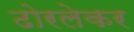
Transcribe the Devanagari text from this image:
ढोरलेकर